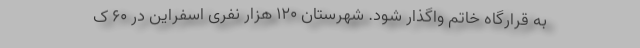
به قرارگاه خاتم واگذار شود. شهرستان ۱۲۰ هزار نفری اسفراین در ۶۰ ک